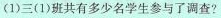
(1)三(1)班共有多少名学生参与了调查?